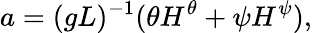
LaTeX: a=(gL)^{-1}(\theta H^{\theta}+\psi H^{\psi}),